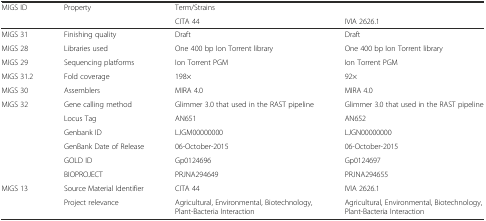
| MIGS ID | Property | Term/Strains |  |
 |  |  | CITA 44 | IVIA 2626.1 |
 | --- | --- | --- | --- |
 | MIGS 31 | Finishing quality | Draft | Draft |
 | MIGS 28 | Libraries used | One 400 bp Ion Torrent library | One 400 bp Ion Torrent library |
 | MIGS 29 | Sequencing platforms | Ion Torrent PGM | Ion Torrent PGM |
 | MIGS 31.2 | Fold coverage | 198× | 92× |
 | MIGS 30 | Assemblers | MIRA 4.0 | MIRA 4.0 |
 | MIGS 32 | Gene calling method | Glimmer 3.0 that used in the RAST pipeline | Glimmer 3.0 that used in the RAST pipeline |
 |  | Locus Tag | AN651 | AN652 |
 |  | Genbank ID | LJGM00000000 | LJGN00000000 |
 |  | GenBank Date of Release | 06-October-2015 | 06-October-2015 |
 |  | GOLD ID | Gp0124696 | Gp0124697 |
 |  | BIOPROJECT | PRJNA294649 | PRJNA294655 |
 | MIGS 13 | Source Material Identifier | CITA 44 | IVIA 2626.1 |
 |  | Project relevance | Agricultural, Environmental, Biotechnology, Plant-Bacteria Interaction | Agricultural, Environmental, Biotechnology, Plant-Bacteria Interaction |